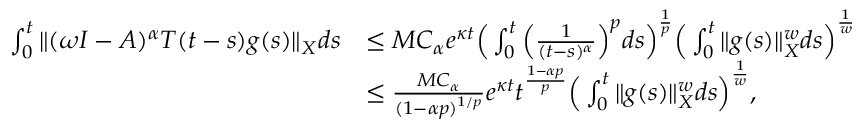
\begin{array} { r l } { \int _ { 0 } ^ { t } \| ( \omega I - A ) ^ { \alpha } T ( t - s ) g ( s ) \| _ { X } d s } & { \leq M C _ { \alpha } e ^ { \kappa t } \Big ( \int _ { 0 } ^ { t } \Big ( \frac { 1 } { ( t - s ) ^ { \alpha } } \Big ) ^ { p } d s \Big ) ^ { \frac { 1 } { p } } \Big ( \int _ { 0 } ^ { t } \| g ( s ) \| _ { X } ^ { w } d s \Big ) ^ { \frac { 1 } { w } } } \\ & { \leq \frac { M C _ { \alpha } } { ( 1 - \alpha p ) ^ { 1 / p } } e ^ { \kappa t } t ^ { \frac { 1 - \alpha p } { p } } \Big ( \int _ { 0 } ^ { t } \| g ( s ) \| _ { X } ^ { w } d s \Big ) ^ { \frac { 1 } { w } } , } \end{array}